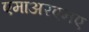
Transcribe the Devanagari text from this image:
एमाअरएनए